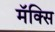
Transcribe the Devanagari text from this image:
मॅक्सि